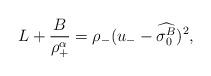
LaTeX: \begin{align*}L+\frac{B}{\rho_{+}^{\alpha}}=\rho_{-}(u_--\widehat{\sigma_{0}^{B}})^{2},\end{align*}